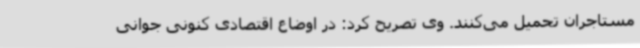
مستاجران تحمیل می‌کنند. وی تصریح کرد: در اوضاع اقتصادی کنونی جوانی